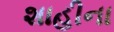
શાહીના